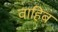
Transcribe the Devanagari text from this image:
वाहिब